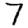
Digit: 7